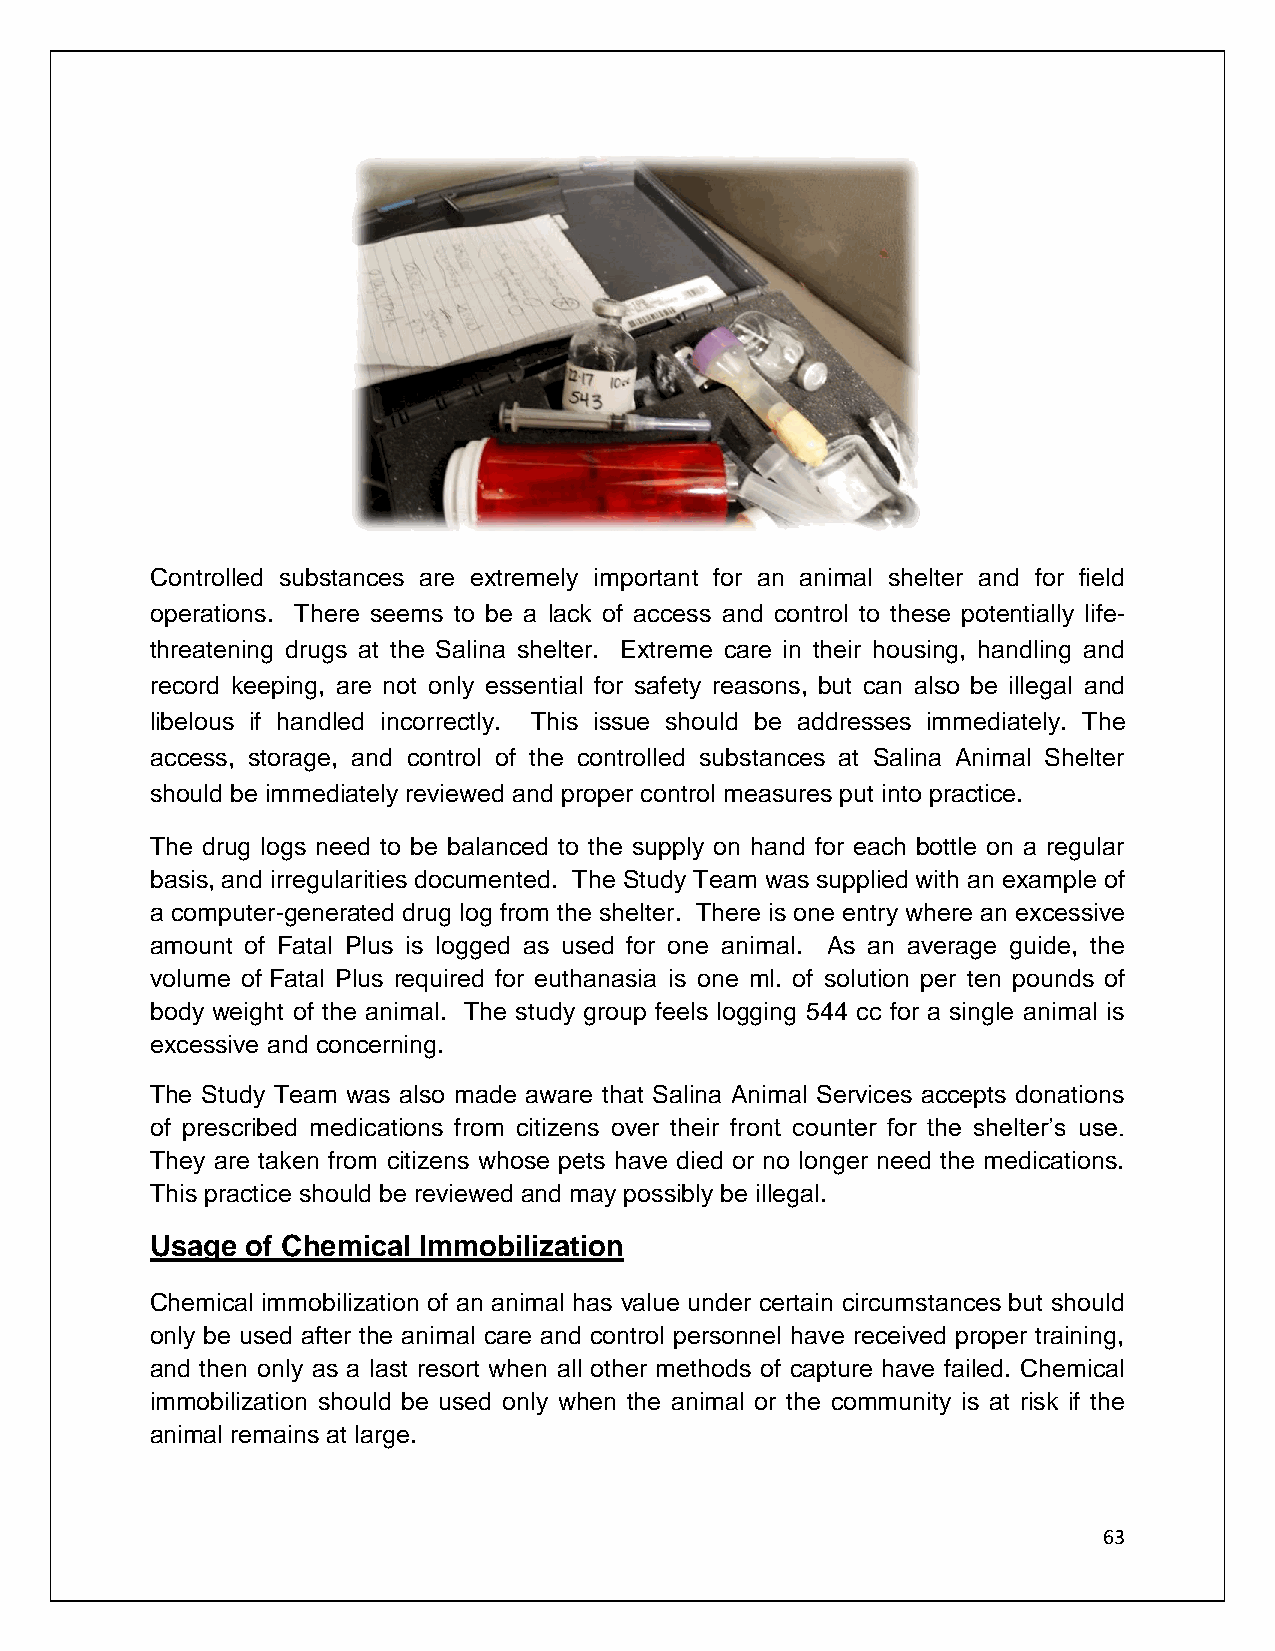
Controlled substances are extremely important for an animal shelter and for field
 operations. There seems to be a lack of access and control to these potentially life-
 threatening drugs at the Salina shelter. Extreme care in their housing, handling and
 record keeping, are not only essential for safety reasons, but can also be illegal and
 libelous if handled incorrectly. This issue should be addresses immediately. The
 access, storage, and control of the controlled substances at Salina Animal Shelter
 should be immediately reviewed and proper control measures put into practice.
 The drug logs need to be balanced to the supply on hand for each bottle on a regular
 basis, and irregularities documented. The Study Team was supplied with an example of
 a computer-generated drug log from the shelter. There is one entry where an excessive
 amount of Fatal Plus is logged as used for one animal. As an average guide, the
 volume of Fatal Plus required for euthanasia is one ml. of solution per ten pounds of
 body weight of the animal. The study group feels logging 544 cc for a single animal is
 excessive and concerning.
 The Study Team was also made aware that Salina Animal Services accepts donations
 of prescribed medications from citizens over their front counter for the shelter’s use.
 They are taken from citizens whose pets have died or no longer need the medications.
 This practice should be reviewed and may possibly be illegal.
 Usage of Chemical Immobilization
 Chemical immobilization of an animal has value under certain circumstances but should
 only be used after the animal care and control personnel have received proper training,
 and then only as a last resort when all other methods of capture have failed. Chemical
 immobilization should be used only when the animal or the community is at risk if the
 animal remains at large.
 63